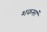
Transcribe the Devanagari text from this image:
शकसां